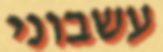
עשבוני